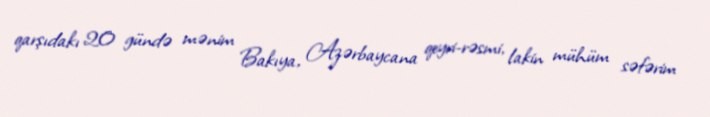
qarşıdakı 20 gündə mənim Bakıya, Azərbaycana qeyri-rəsmi, lakin mühüm səfərim